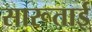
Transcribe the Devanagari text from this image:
सारूताई